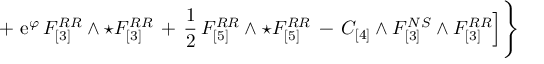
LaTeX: + \, \, \mathrm { e } ^ { \varphi } \, { F } _ { [ 3 ] } ^ { R R } \wedge \star { F } _ { [ 3 ] } ^ { R R } \, + \, \frac { 1 } { 2 } \, { F } _ { [ 5 ] } ^ { R R } \wedge \star { F } _ { [ 5 ] } ^ { R R } \, - \, C _ { [ 4 ] } \wedge F _ { [ 3 ] } ^ { N S } \wedge F _ { [ 3 ] } ^ { R R } \Big ] \Bigg \}